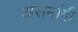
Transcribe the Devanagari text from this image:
असमांगी